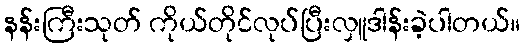
နန်းကြီးသုတ် ကိုယ်တိုင်လုပ်ပြီးလှူဒါန်းခဲ့ပါတယ်။